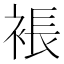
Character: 𧛇